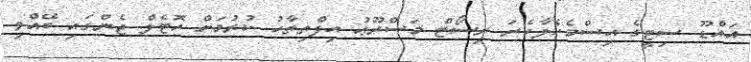
އައްޑޫ ސިޓީގެ އިސްމެހެލާހެރަ ރިސޯޓް މަސްރޫޢު އިފްތިތާހު ކުރުމަށް ހޮޓެލް ޖެންގައި ބޭއްވި